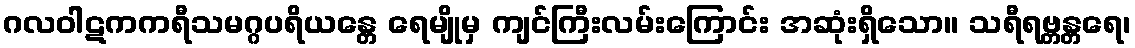
ဂလဝါဋကကရီသမဂ္ဂပရိယန္တေ ရေမျိုမှ ကျင်ကြီးလမ်းကြောင်း အဆုံးရှိသော။ သရီရဗ္တန္တရေ၊